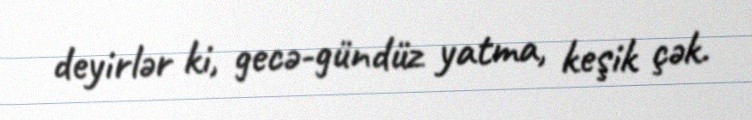
deyirlər ki, gecə-gündüz yatma, keşik çək.